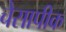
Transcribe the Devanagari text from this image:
चेसापीक